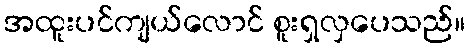
အထူးပင်ကျယ်လောင် စူးရှလှပေသည်။